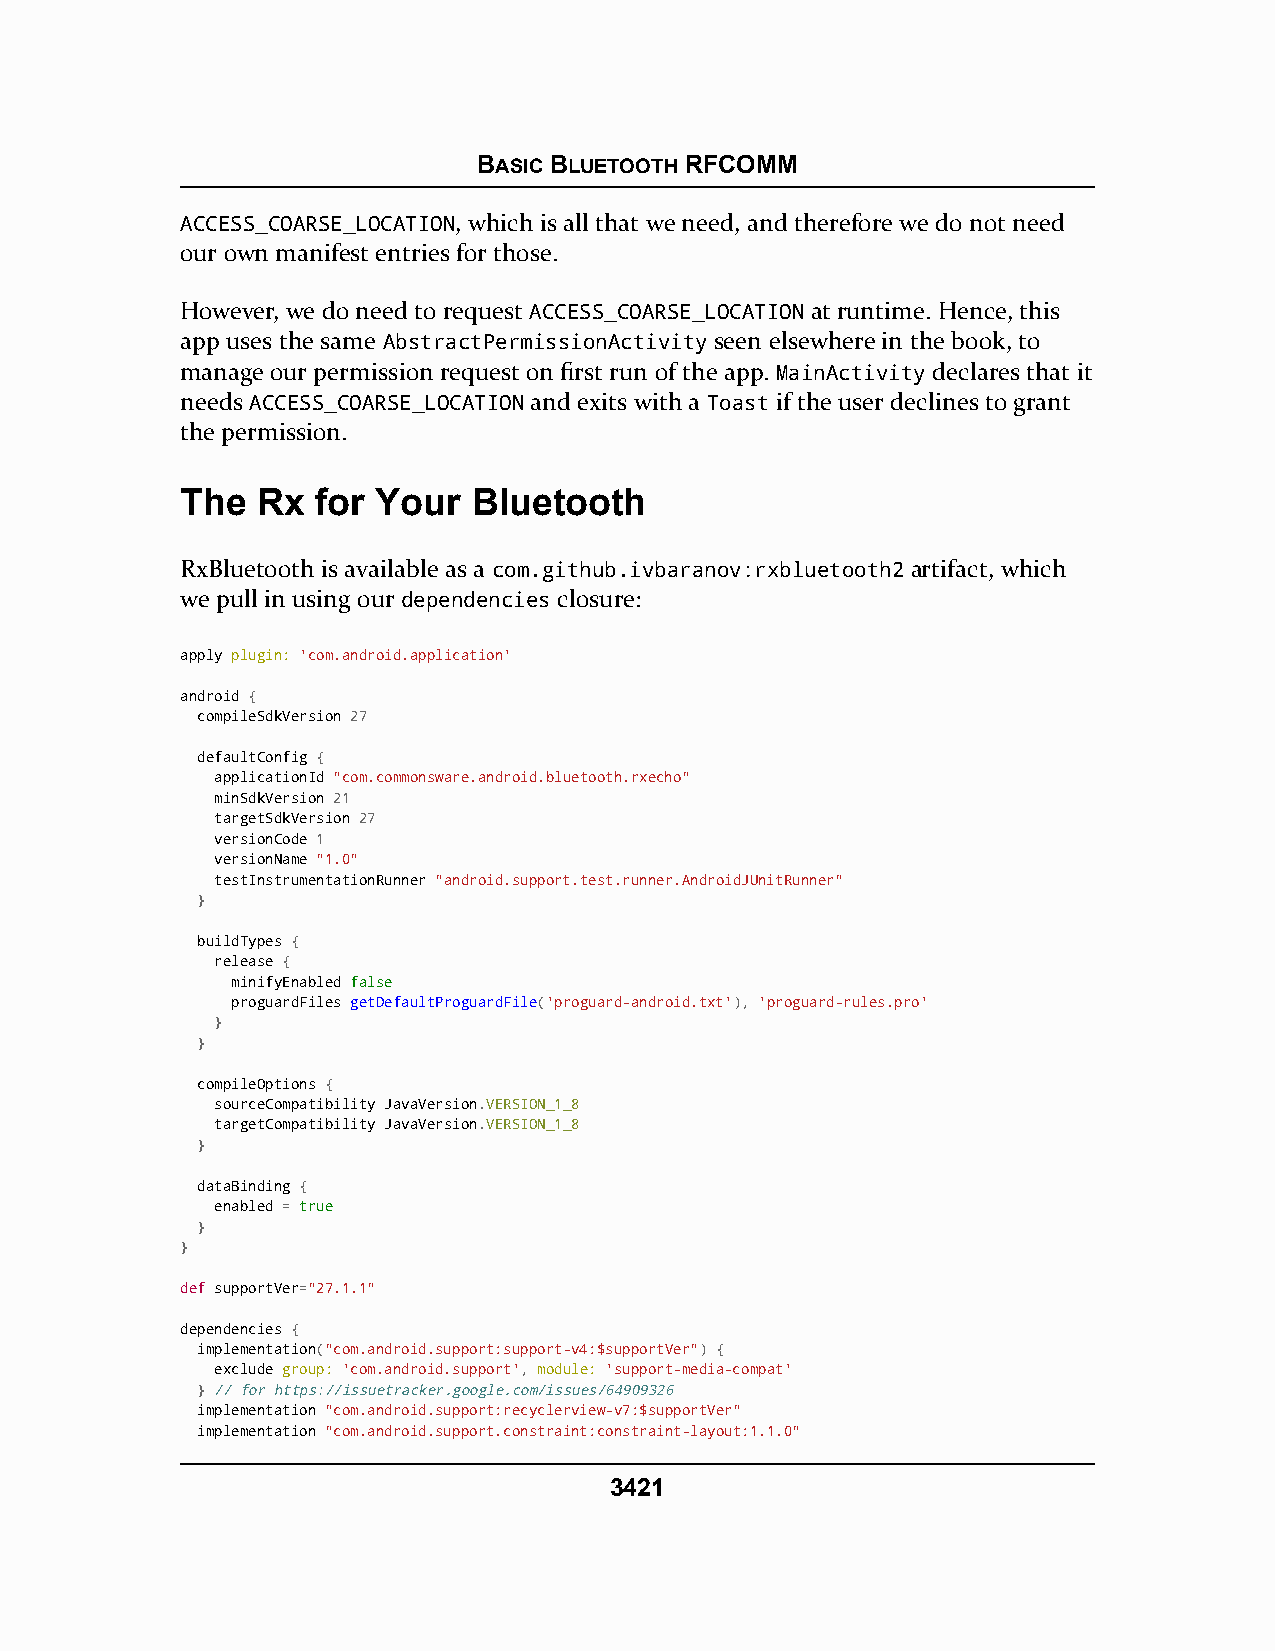
BASIC BLUETOOTH RFCOMM
 ACCESS_COARSE_LOCATION, which is all that we need, and therefore we do not need
 our own manifest entries for those.
 However, we do need to request ACCESS_COARSE_LOCATION at runtime. Hence, this
 app uses the same AbstractPermissionActivity seen elsewhere in the book, to
 manage our permission request on first run of the app. MainActivity declares that it
 needs ACCESS_COARSE_LOCATION and exits with a Toast if the user declines to grant
 the permission.
 The  Rx  for Your  Bluetooth
 RxBluetooth is available as a com.github.ivbaranov:rxbluetooth2 artifact, which
 we pull in using our dependencies closure:
 apply plugin: 'com.android.application'
 android {
 compileSdkVersion 27
 defaultConfig {
 applicationId "com.commonsware.android.bluetooth.rxecho"
 minSdkVersion 21
 targetSdkVersion 27
 versionCode 1
 versionName "1.0"
 testInstrumentationRunner "android.support.test.runner.AndroidJUnitRunner"
 }
 buildTypes {
 release {
 minifyEnabled ffaallssee
 proguardFiles getDefaultProguardFile('proguard-android.txt'), 'proguard-rules.pro'
 }
 }
 compileOptions {
 sourceCompatibility JavaVersion.VERSION_1_8
 targetCompatibility JavaVersion.VERSION_1_8
 }
 dataBinding {
 enabled = ttrruuee
 }
 }
 def supportVer="27.1.1"
 dependencies {
 implementation("com.android.support:support-v4:$supportVer") {
 exclude group: 'com.android.support', module: 'support-media-compat'
 } // for https://issuetracker.google.com/issues/64909326
 implementation "com.android.support:recyclerview-v7:$supportVer"
 implementation "com.android.support.constraint:constraint-layout:1.1.0"
 3421